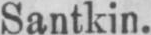
Santkin.